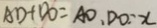
A D + D O = A O , D O = x